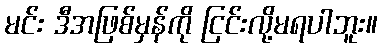
မင်း ဒီအဖြစ်မှန်ကို ငြင်းလို့မရပါဘူး။